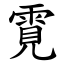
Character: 䨘